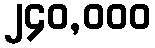
၂၄၀,၀၀၀